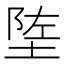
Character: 𬯄